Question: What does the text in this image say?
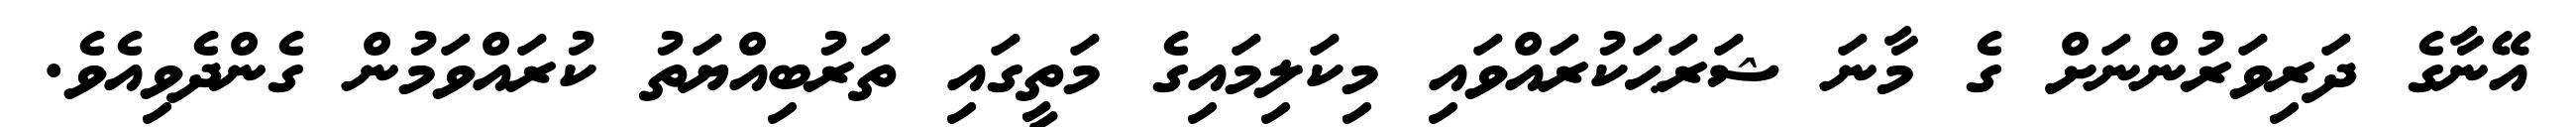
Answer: އޭނާގެ ދަރިވަރުންނަށް ގެ މާނަ ޝަރަޙަކުރައްވައި މިކަލިމައިގެ މަތީގައި ތަރުބިއްޔަތު ކުރައްވަމުން ގެންދެވިއެވެ.